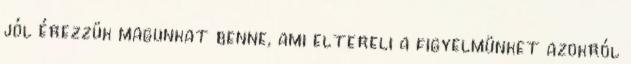
jól érezzük magunkat benne, ami eltereli a figyelmünket azokról